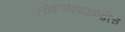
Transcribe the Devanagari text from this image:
लोकसंख्यावाढीचे